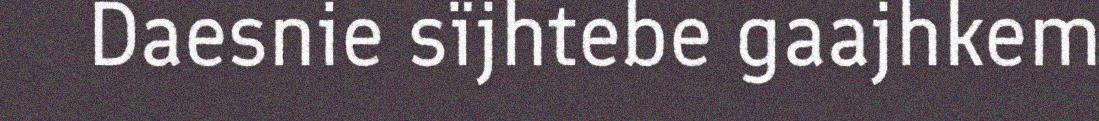
Daesnie sïjhtebe gaajhkem